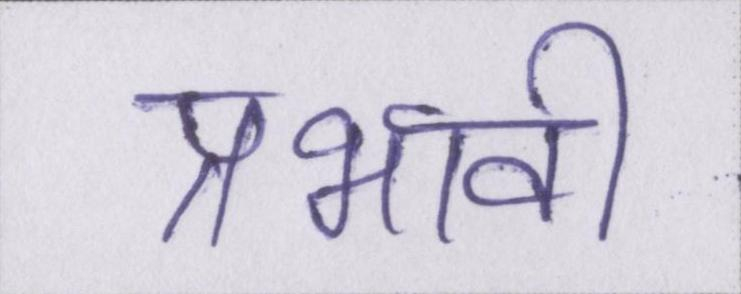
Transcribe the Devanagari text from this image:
प्रभावी